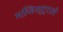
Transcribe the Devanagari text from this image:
मजिस्ट्राले